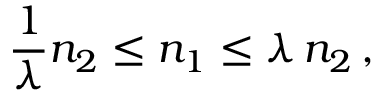
\frac { 1 } { \lambda } n _ { 2 } \leq n _ { 1 } \leq \lambda \, n _ { 2 } \, ,